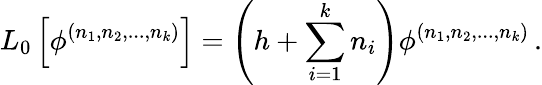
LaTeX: L_{0}\left[\phi^{(n_{1},n_{2},...,n_{k})}\right]=\left(h+\sum_{i=1}^{k}n_{i}\right)\phi^{(n_{1},n_{2},...,n_{k})}\, .